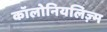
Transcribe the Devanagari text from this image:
कॉलोनियलिज़्म